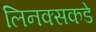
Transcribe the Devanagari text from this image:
लिनक्सकडे